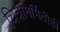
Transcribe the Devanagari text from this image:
चित्रनिर्मितीही